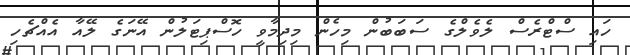
ހައި ސްޓްރެސް ލެވެލްގެ ސަބަބުން މިހެން މިދިމާވީ ހޮސްޕިޓަލުން އޭނަގެ ލޭއާ އެއްޗެހި